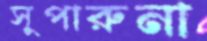
সুপারুনা